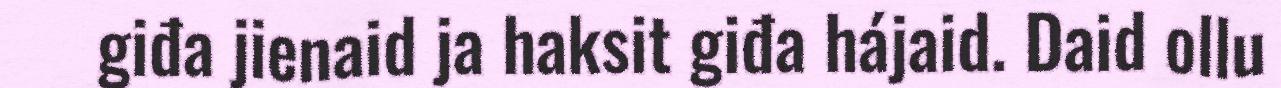
giđa jienaid ja haksit giđa hájaid. Daid ollu